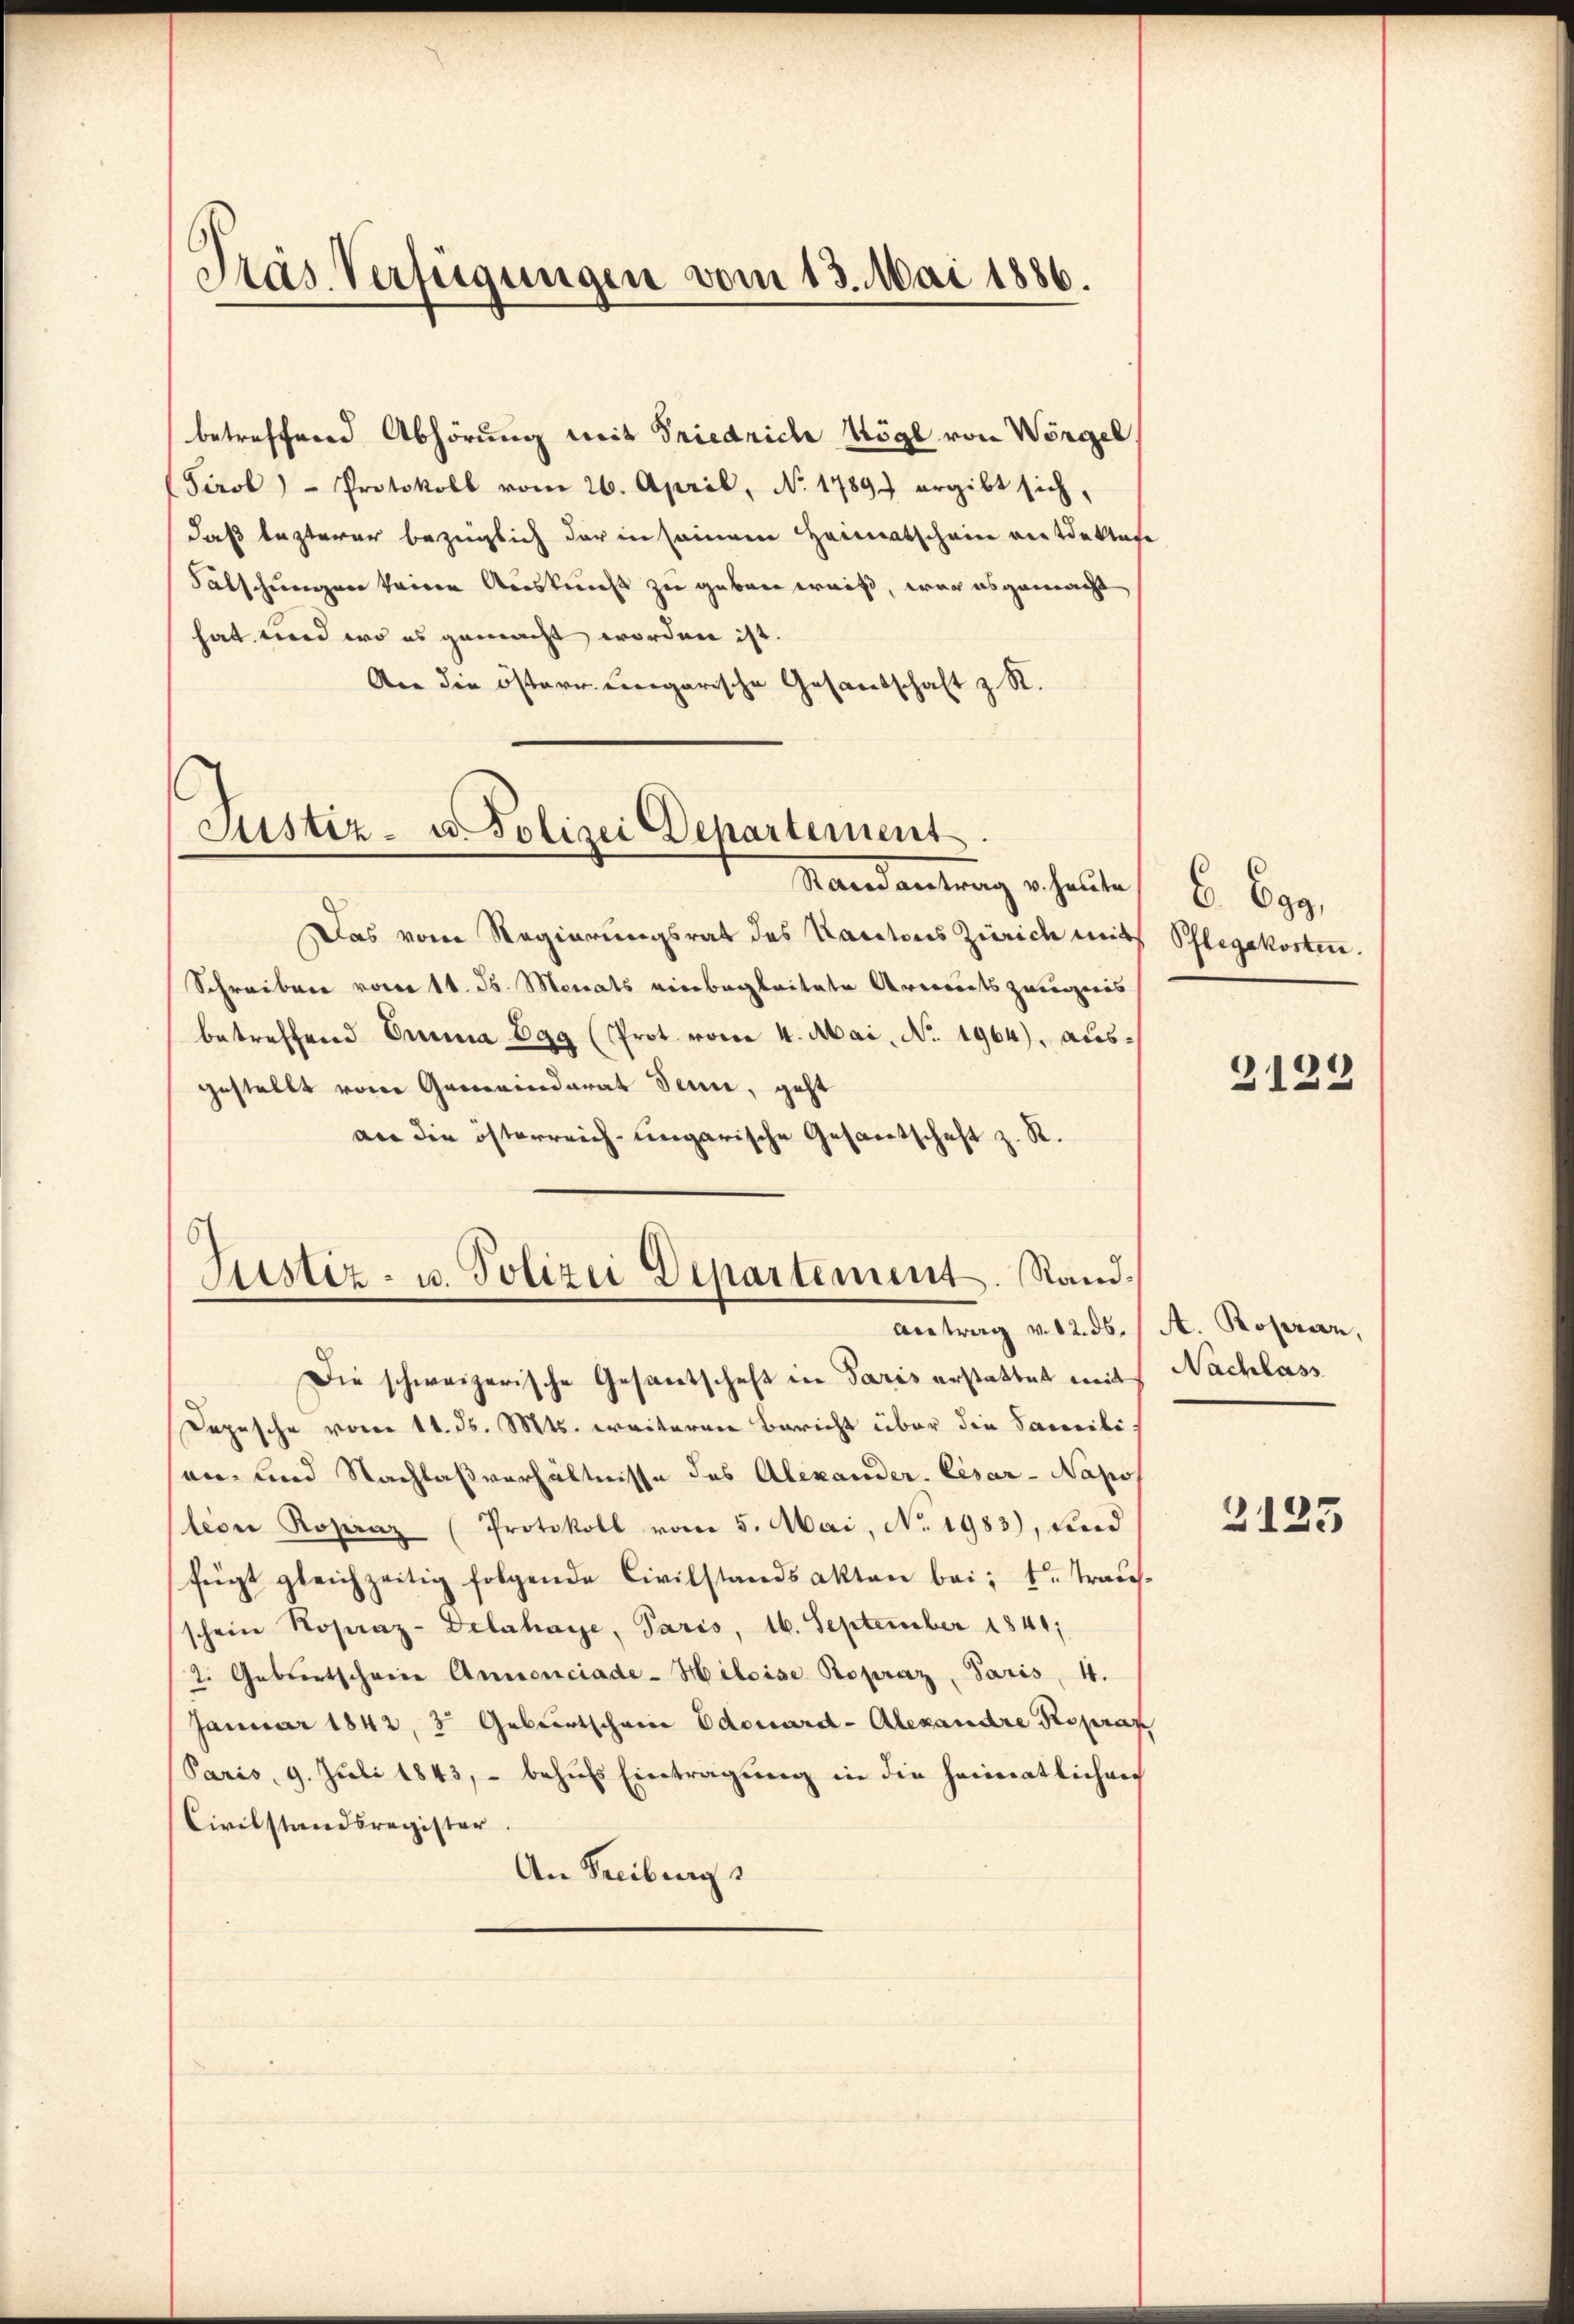
Träs Verfügungen vom 13. Mai 1886.

betreffend Abhörung mit Friedrich Kögl von Wörgel
(Tirol - Protokoll vom 26. April, No. 1789 ergibt sich,
daß lezterer bezüglich der in seinem Heimatschein rietdektese
Falschungen keine Auskunft zu geben weiß, war es gemacht
hat und wo es gemacht worden ist.
An die östern ergarische Gesandschaft z. R.

Justiz- u. Polizei Departement.

5
Justiz- u. Polizei Departement. Sand¬

Mandantrag erhalte
Das vom Regierungsrat des Kantons Zürich mit
Schreiben vom 11. Js. Monats einbegleitete Arbeitszuegeis
betreffend Emma Egg (Prot. vom 4. Mai, No. 1964), ausgestellt von Gemeinderat Jenne, geht
an die österreich-ungarische Gesantschaft z. R.
Die schweizerische Gesantschaft in Paris erstattet mit Nachlass
Depesche vom 11. ds. Mts. weiteren Bericht über die Samili
an- und Nachlaßverhältnisse des Alexander. Cesar - Napo
tion Ropraz (Protokoll vom 5. Mai, No. 1983), und
fügt gleichzeitig folgende Civilstandsakten bei: 1. Trausschein Koperaz- Delahaye, Paris, 16. September 1841;
2. Gebertscheine Annonciade-Hiloise Ropraz, Paris, 4.
Januar 1842, 3 Geburtschein Edouard-Alexandre Gesprax
Paris, 9. Juli 1843, behŭfs Eintragung in die heimatlichen
Civilstandsregister.
An Freiburgs

Antrag v. 12. ds. A. Roprar,

6. 699.
Pflegekosten.

2123

2125